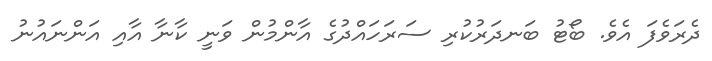
ދެރަވެފަ އެވެ. ބޯޓު ބަނދަރުކުރި ސަރަހައްދުގެ އާންމުން ވަނީ ކާނާ އާއި އަންނައުނު